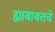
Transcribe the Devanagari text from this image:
ह्याबाबतचे